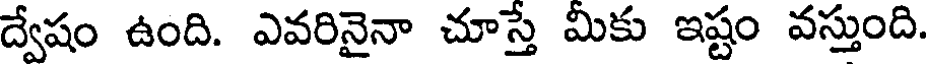
ద్వేషం ఉంది. ఎవరినైనా చూస్తే మీకు ఇష్టం వస్తుంది.